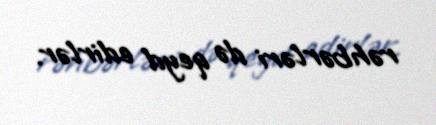
rəhbərləri də qeyd edirlər.